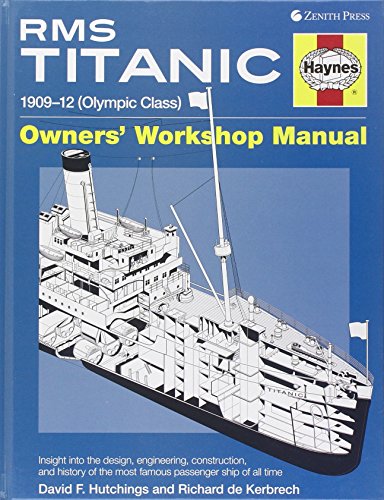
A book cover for RMS Titanic Manual: 1909-1912 Olympic Class (Haynes Owners Workshop Manuals); David Hutchings; Arts & Photography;